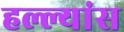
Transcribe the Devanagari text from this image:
हल्ल्यांस